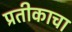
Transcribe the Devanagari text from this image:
प्रतीकाचा